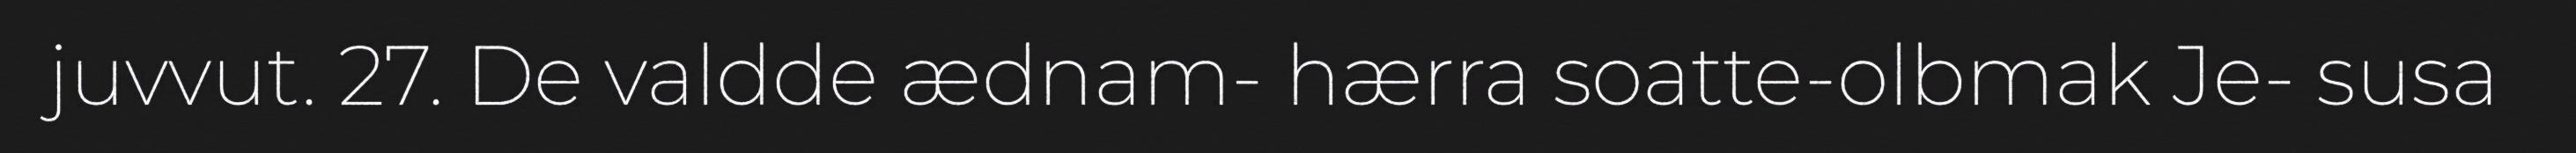
juvvut. 27. De valdde ædnam- hærra soatte-olbmak Je- susa